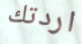
اردتك